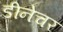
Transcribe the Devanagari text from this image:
डीनेचर